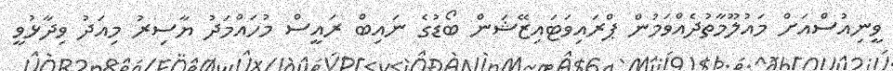
ވީނިއުސްއަށް މައުލޫމާތުދެއްވަމުން ޕްރައިވަޓައިޒޭޝަން ބޯޑުގެ ނައިބް ރައީސް މުހައްމަދު ޔާސިރު މިއަދު ވިދާޅުވީ